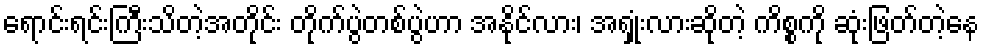
ရောင်းရင်းကြီးသိတဲ့အတိုင်း တိုက်ပွဲတစ်ပွဲဟာ အနိုင်လား၊ အရှုံးလားဆိုတဲ့ ကိစ္စကို ဆုံးဖြတ်တဲ့နေ